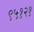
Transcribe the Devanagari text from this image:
९५१२१